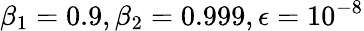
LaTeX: \beta_{1}=0.9,\beta_{2}=0.999,{\epsilon}=10^{-8}